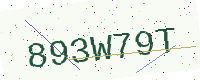
Text: 893W79T